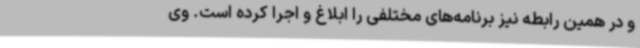
و در همین رابطه نیز برنامه‌های مختلفی را ابلاغ و اجرا کرده است. وی